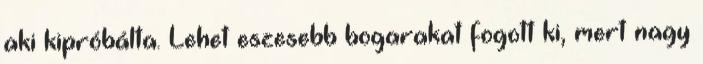
aki kipróbálta. Lehet eszesebb bogarakat fogott ki, mert nagy